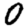
Digit: 0